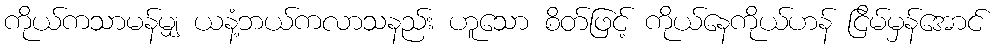
ကိုယ်ကသာမန်မျှ ယနံ့ဘယ်ကလာသနည်း ဟူသော စိတ်ဖြင့် ကိုယ်နေကိုယ်ဟန် ငြိမ်မှန်အောင်